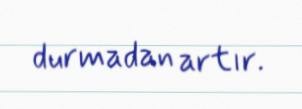
durmadan artır.